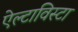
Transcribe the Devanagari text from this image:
ऐल्टाविस्टा